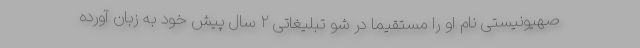
صهیونیستی نام او را مستقیما در شو تبلیغاتی ۲ سال پیش خود به زبان آورده